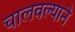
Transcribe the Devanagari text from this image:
चालवल्याने